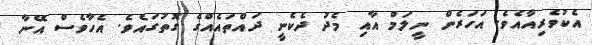
އެކުވެރިއާއެވެ. އަހަރެން ނީލަމް އާއި މެދު ދެކެނީ ދައްތައެއްގެ ގޮތުގައެވެ. އެހާވެސް އޭނާ